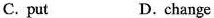
C. put D. change